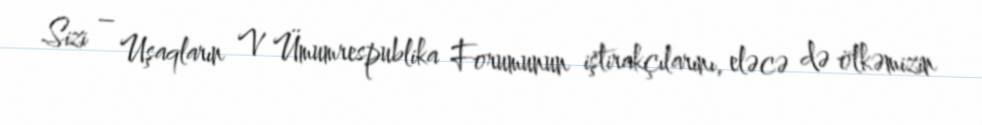
Sizi – Uşaqların V Ümumrespublika Forumunun iştirakçılarını, eləcə də ölkəmizin